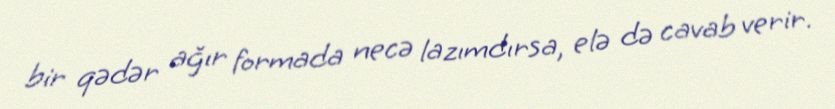
bir qədər ağır formada necə lazımdırsa, elə də cavab verir.